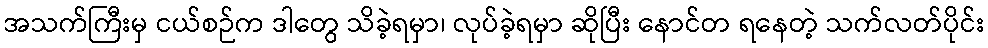
အသက်ကြီးမှ ငယ်စဉ်က ဒါတွေ သိခဲ့ရမှာ၊ လုပ်ခဲ့ရမှာ ဆိုပြီး နောင်တ ရနေတဲ့ သက်လတ်ပိုင်း